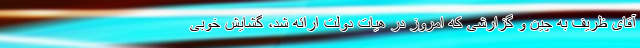
آقای ظریف به چین و گزارشی که امروز در هیات دولت ارائه شد، گشایش خوبی